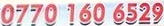
0770 160 6529